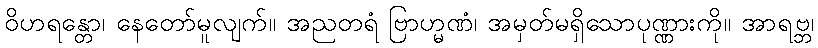
ဝိဟရန္တော၊ နေတော်မူလျက်။ အညတရံ ဗြာဟ္မဏံ၊ အမှတ်မရှိသောပုဏ္ဏားကို။ အာရဗ္ဘ၊